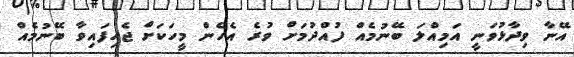
އޭނާ ވިދާޅުވަނީ އަމިއްލަ ބޭނުމެއް ފުއްދުމަށް ވުރެ އެހެން މީހަކަށް ޖެހިފައިވާ ބޭނުމެއް